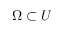
\Omega \subset U